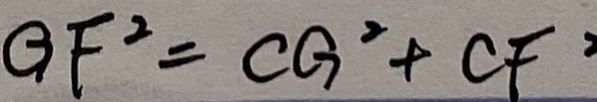
G F ^ { 2 } = C G ^ { 2 } + C F ^ { 2 }